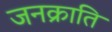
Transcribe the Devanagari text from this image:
जनक्राति